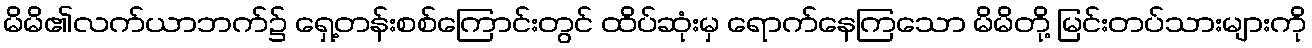
မိမိ၏လက်ယာဘက်၌ ရှေ့တန်းစစ်ကြောင်းတွင် ထိပ်ဆုံးမှ ရောက်နေကြသော မိမိတို့ မြင်းတပ်သားများကို